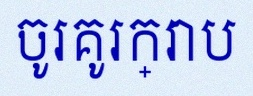
ចូរគូរក្រាប